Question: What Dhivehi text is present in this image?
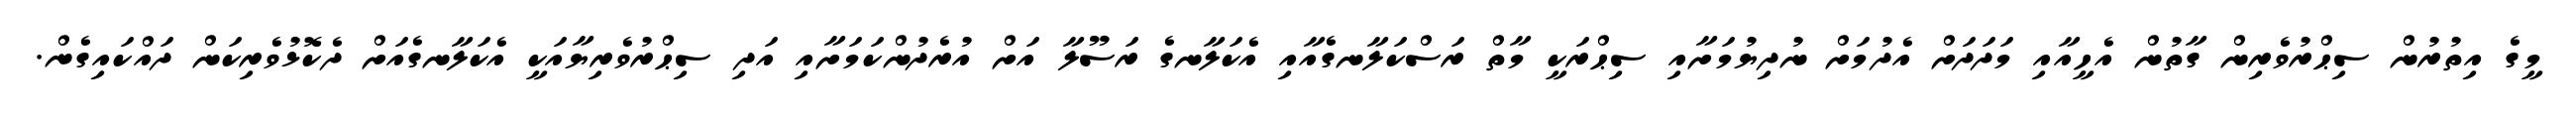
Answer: މީގެ އިތުރުން ސިޙްރުވެރިން ގާތުން އެހީއާއި މަދަދަށް އެދުމަށް ނުދިޔުމަށާއި ސިޙްރަކީ މާތް ރަސްކަލާނގެއާއި އެކަލާނގެ ރަސޫލާ އަށް އުރެދުންކަމަށާއި އަދި ސިޙްރުވެރިޔާއަކީ އެކަލާނގެއަށް ދެކޮޅުވެރިކަން ދައްކައިގެން.